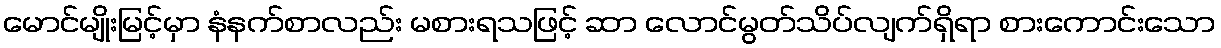
မောင်မျိုးမြင့်မှာ နံနက်စာလည်း မစားရသဖြင့် ဆာ လောင်မွတ်သိပ်လျက်ရှိရာ စားကောင်းသော